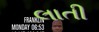
લાતી